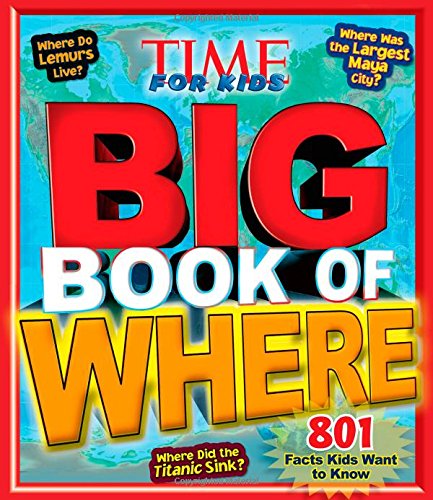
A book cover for TIME For Kids Big Book of Where; Editors of TIME For Kids Magazine; Children's Books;